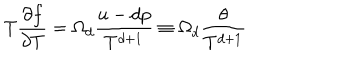
LaTeX: T \frac { \partial f } { \partial T } = \Omega _ { d } \frac { u - d p } { T ^ { d + 1 } } \equiv \Omega _ { d } \frac { \theta } { T ^ { d + 1 } }